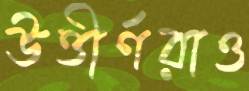
উত্তীর্ণরাও